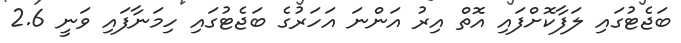
ބަޖެޓުގައި ލަފާކޮށްފައި އޮތް އިރު އަންނަ އަހަރުގެ ބަޖެޓުގައި ހިމަނާފައި ވަނީ 2.6